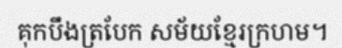
គុកបឹងត្របែក សម័យខ្មែរក្រហម។